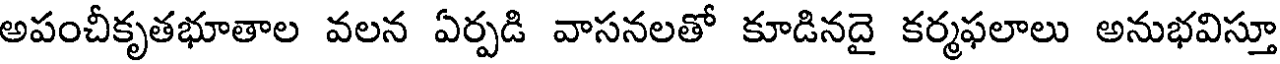
అపంచీకృతభూతాల వలన ఏర్పడి వాసనలతో కూడినదై కర్మఫలాలు అనుభవిస్తూ